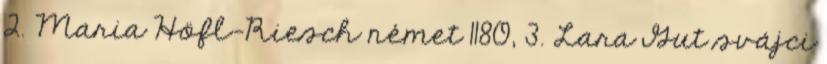
2. Maria Höfl-Riesch német 1180, 3. Lara Gut svájci